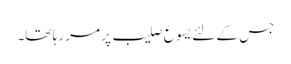
جس کے لئے یسوع صلیب پر مر رہا تھا۔